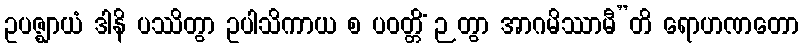
ဥပဇ္ဈာယံ ဒါနိ ပဿိတွာ ဥပါသိကာယ စ ပဝတ္တိံ ဉတွာ အာဂမိဿာမီ”တိ ရောဟဏတော